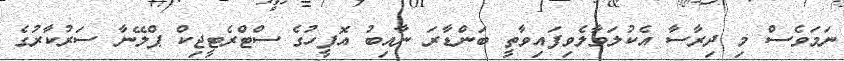
ނަމަވެސް މި ދިރާސާ އެކުލަވާލެވިފައިވާތީ ބަންޑާރަ ނާއިބު އޮފީހުގެ ސްޓްރެޓީޖިކް ޕްލޭނާ ސަރުކާރުގެ